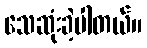
သေဆုံးခဲ့ပါတယ်။